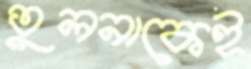
তুলনাকেই